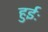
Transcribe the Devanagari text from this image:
हुईः